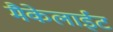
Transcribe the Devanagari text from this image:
मैकेलाईट